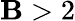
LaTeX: \mathbf{B}>2